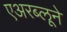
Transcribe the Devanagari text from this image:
एअरब्लूने